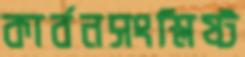
কার্বনসংশ্লিষ্ট